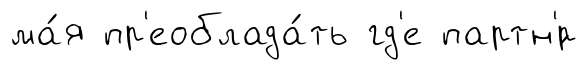
ма́я пр'еоблада́ть гд'е партн'́р